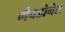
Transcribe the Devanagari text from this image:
मैक्डोनेल